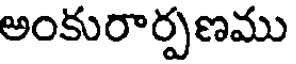
అంకురార్పణము